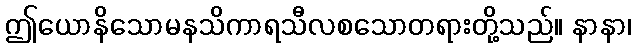
ဤယောနိသောမနသိကာရသီလစသောတရားတို့သည်။ နာနာ၊